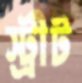
স্ট্রীট